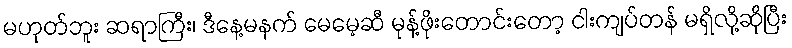
မဟုတ်ဘူး ဆရာကြီး၊ ဒီနေ့မနက် မေမေ့ဆီ မုန့်ဖိုးတောင်းတော့ ငါးကျပ်တန် မရှိလို့ဆိုပြီး